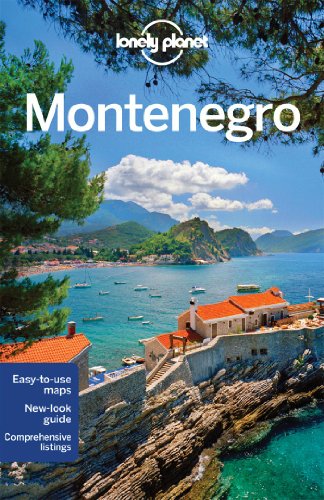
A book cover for Lonely Planet Montenegro (Travel Guide); Lonely Planet; Travel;